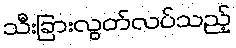
သီးခြားလွတ်လပ်သည့်